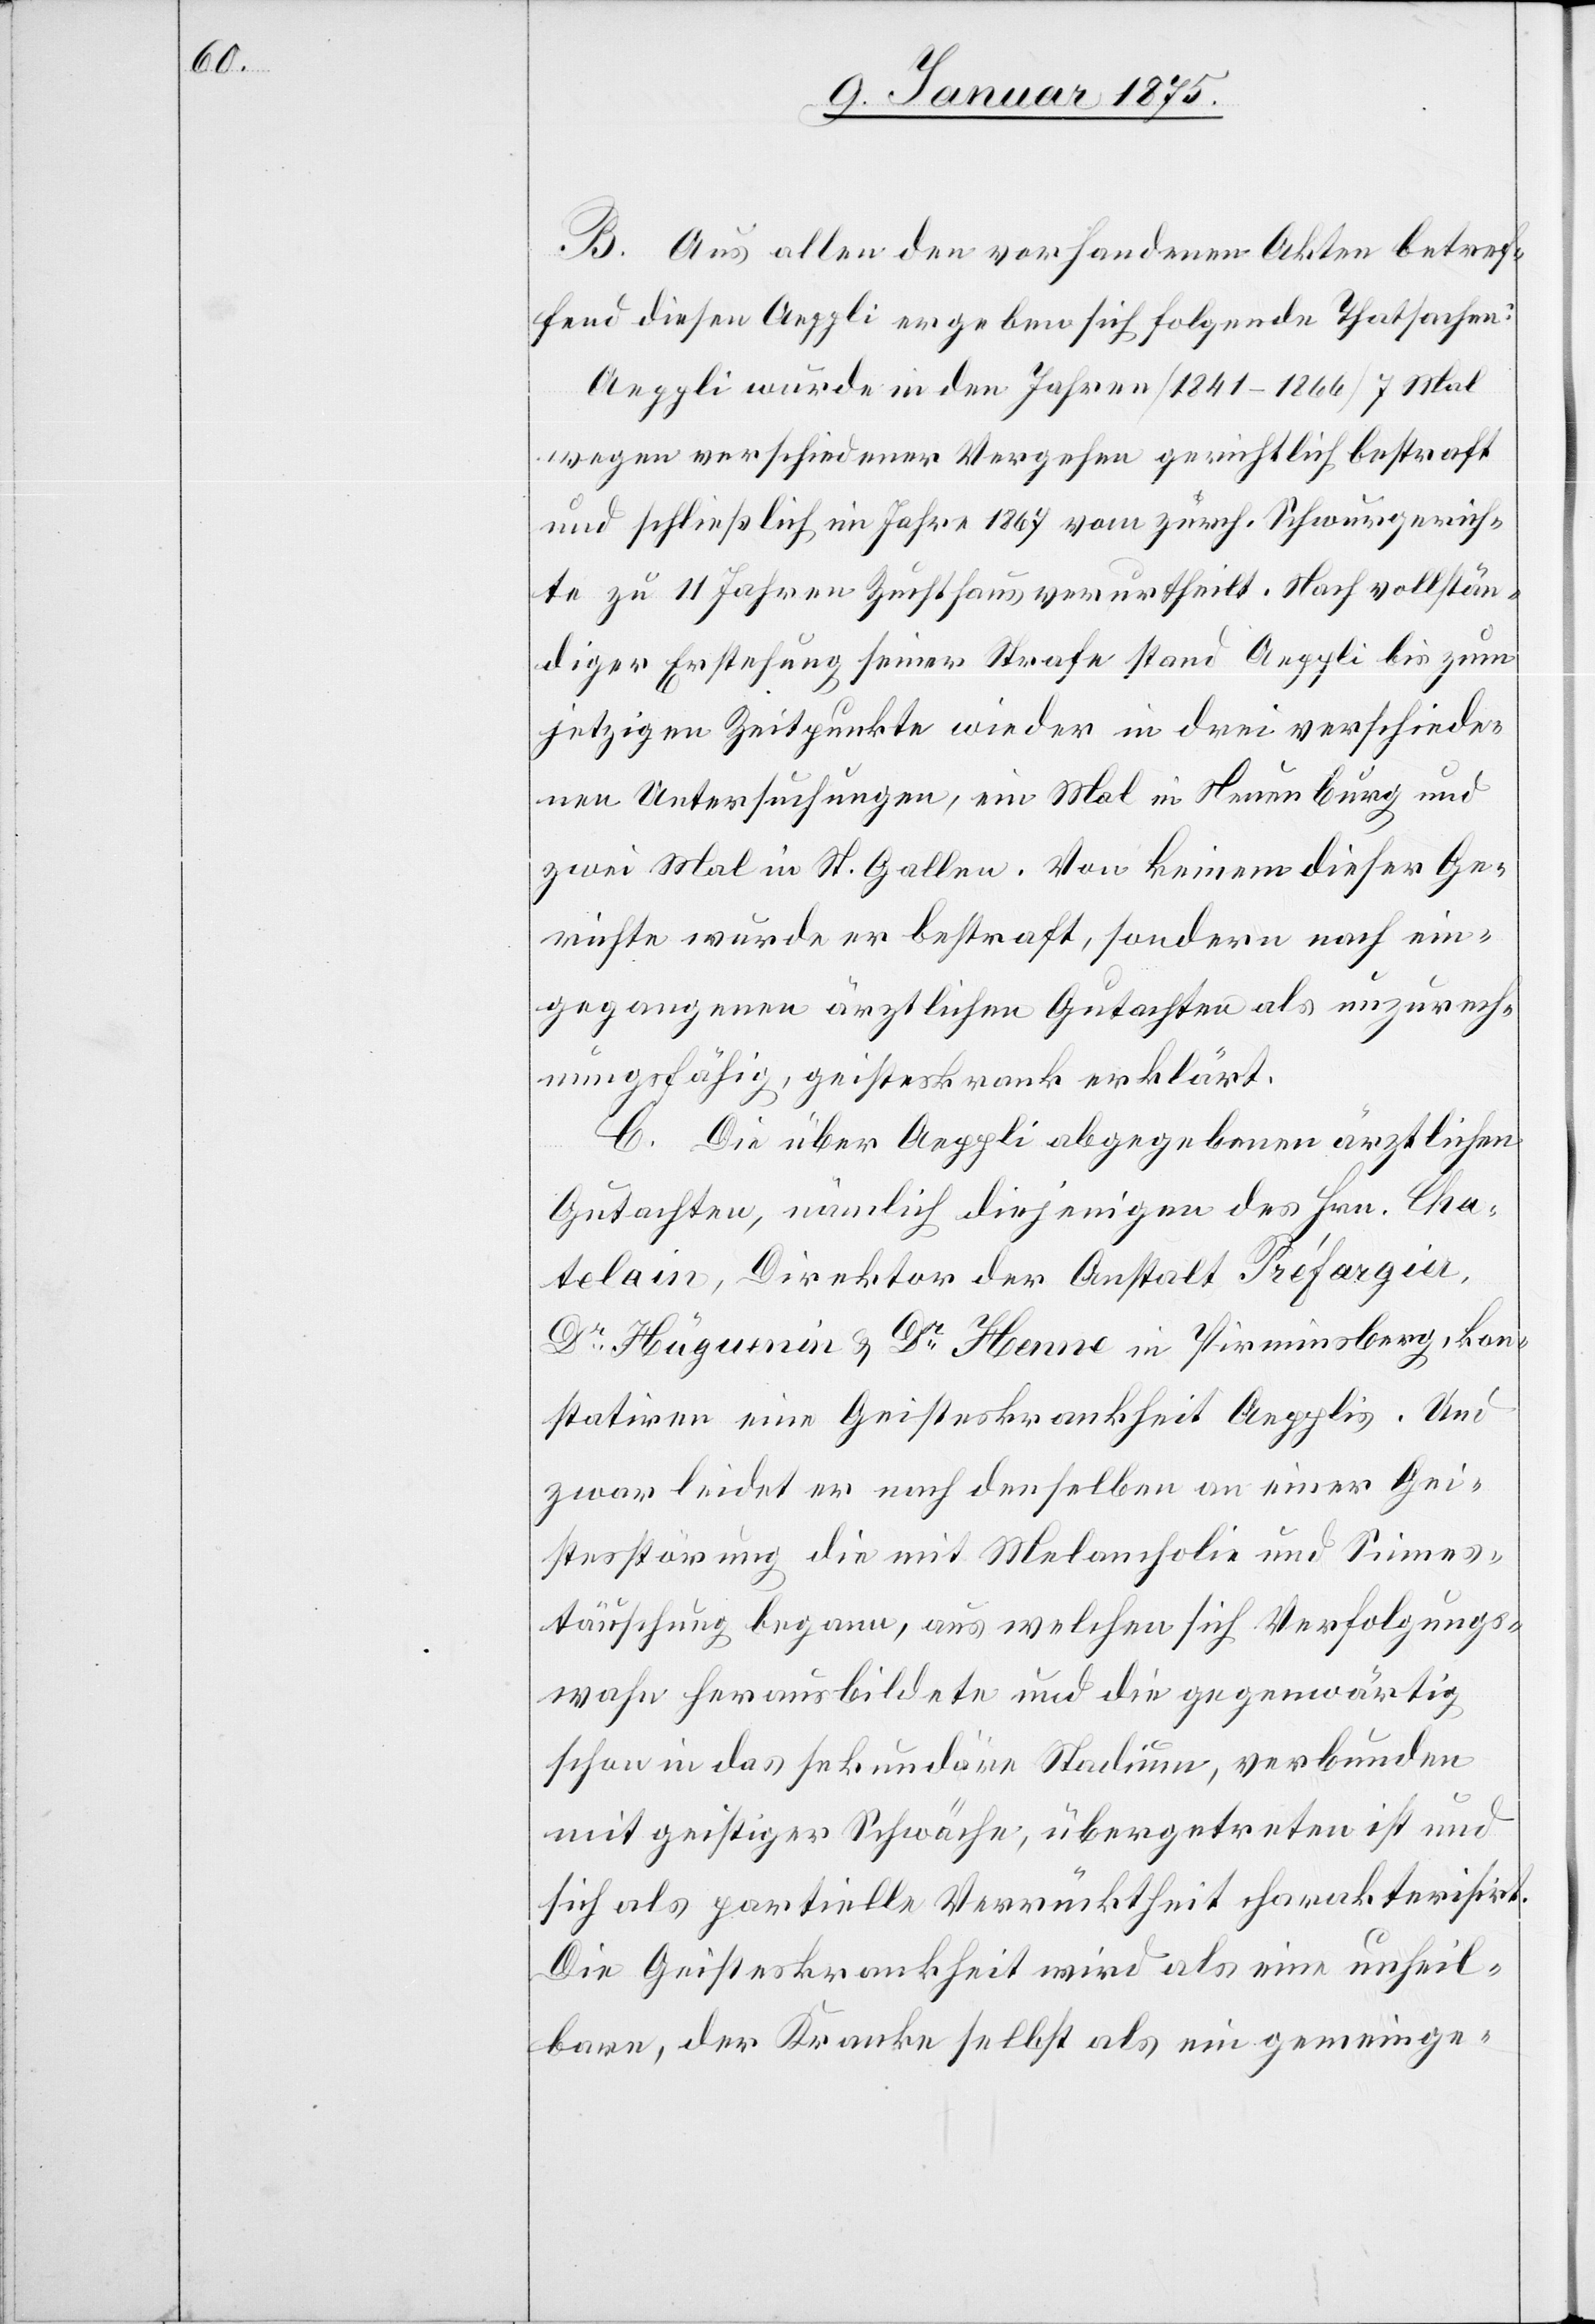
B. Aus allen den vorhandenen Akten betref¬
fend diesen Aeppli ergeben sich folgende Thatsachen:
Aeppli wurde in den Jahren (1841–1866) 7 Mal
wegen verschiedenen Vergehen gerichtlich bestraft
und schließlich im Jahre 1867 vom zürch. Schwurgerich¬
te zu 11 Jahren Zuchthaus verurtheilt. Nach vollstän¬
diger Erstehung seiner Strafe stand Aeppli bis zum
jetzigen Zeitpunkte wieder in drei verschiede¬
nen Untersuchungen, ein Mal in Neuenburg und
zwei Mal in St. Gallen. Von keinem dieser Ge¬
richte wurde er bestraft, sondern nach ein¬
gegangenen ärztlichen Gutachten als unzurech¬
nungsfähig, geisteskrank erklärt.
C. Die über Aeppli abgegebenen ärztlichen
Gutachten, nämlich diejenigen des Hrn. Cha¬
tolain, Direktor der Anstalt Préfargier,
Dr Hüguenin & Dr Henne in Pirminsberg, kon¬
statiren eine Geisteskrankheit Aepplis. Und
zwar leidet er nach denselben an einer Gei¬
stesstörung die mit Melancholie und Sinnes¬
täuschung begann, aus welchen sich Verfolgungs¬
wahn herausbildete und die gegenwärtig
schon in das sekundäre Stadium, verbunden
mit geistiger Schwäche, übergetreten ist und
sich als partielle Verrücktheit charakterisirt.
Die Geisteskrankheit wird als eine unheil¬
bare, der Kranke selbst als ein gemeinge-